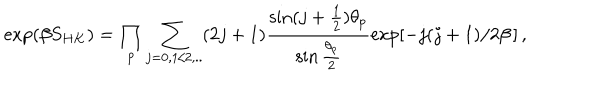
LaTeX: \exp ( \beta S _ { H K } ) = \prod _ { p } \sum _ { j = 0 , 1 / 2 , . . } ( 2 j + 1 ) \frac { \sin ( j + \frac { 1 } { 2 } ) \theta _ { p } } { \sin \frac { \theta _ { p } } { 2 } } \exp [ - j ( j + 1 ) / 2 \beta \, ] \, ,